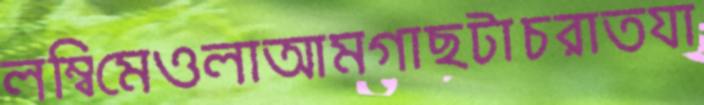
লম্বিমেওলাআমগাছটাচরাতযা